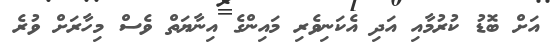
އަށް ބޮޑު ކުރުމާއި އަދި އެކަނިވެރި މައިންގެ އިނާޔަތް ވެސް މިހާރަށް ވުރެ